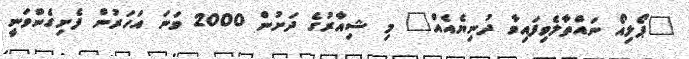
"ޕޯލިއޯ ނައްތާލެވިފައިވާ ދުނިޔެއެއް" މި ޝިއާރުގެ ދަށުން 2000 ވަނަ އަހަރުން ފެށިގެންވަނީ